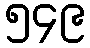
၅၄၉